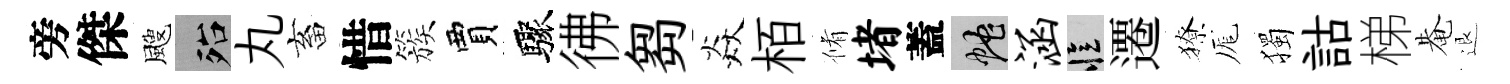
旁傑颼殆丸畜惜簇賈驟彿芻焱栢脩堵蓋蛇涵忆遷獠厖獨詁梯𤲅退